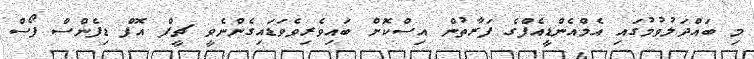
މި ބައްދަލުވުމުގައި އެމްއެންޑީއެފްގެ ފަރާތުން އިސްކޮށް ބައިވެރިވެވަޑައިގެންނެވީ ޗީފް އޮފް ޑިފެންސް ފޯސް